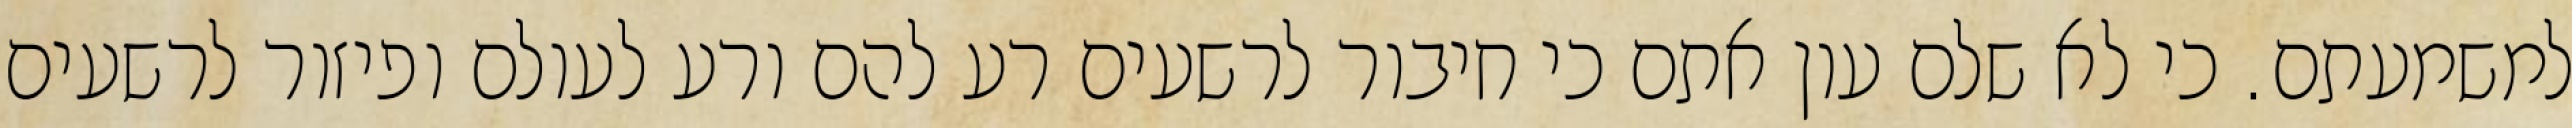
למשמעתם. כי לא שלם עון אתם כי חיבור לרשעים רע להם ורע לעולם ופיזור לרשעים